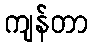
ကျန်တာ